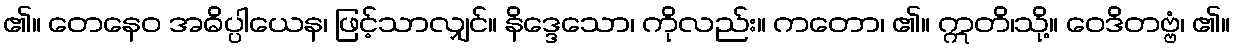
၏။ တေနေဝ အဓိပ္ပါယေန၊ ဖြင့်သာလျှင်။ နိဒ္ဒေသော၊ ကိုလည်း။ ကတော၊ ၏။ ဣတိ၊သို့။ ဝေဒိတဗ္ဗံ၊ ၏။